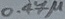
Text: 0.47µ